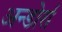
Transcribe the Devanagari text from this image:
अन्डोर्रा